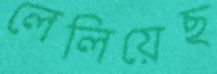
লেলিয়েছ